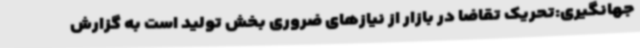
جهانگیری:تحریک تقاضا در بازار از نیازهای ضروری بخش تولید است به گزارش